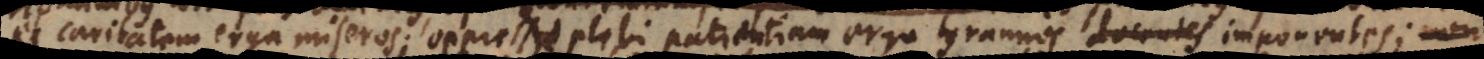
et caritatem erga miseros; oppressae plebi patientiam erga tyrannos imponentes; no